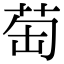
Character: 𦮍